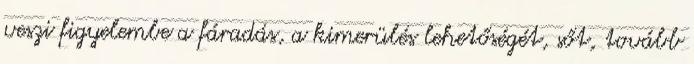
veszi figyelembe a fáradás, a kimerülés lehetőségét, sőt, tovább